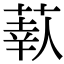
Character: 𦶗